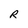
Character: R